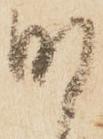
明